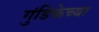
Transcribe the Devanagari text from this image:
गुंडिकेच्या